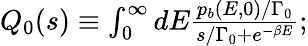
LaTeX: \begin{array}{r}{Q_{0}(s)\equiv\int_{0}^{\infty}dE\frac{p_{b}(E,0)/\Gamma_{0}}{s/\Gamma_{0}+e^{-\beta E}};}\end{array}